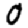
Digit: 0